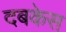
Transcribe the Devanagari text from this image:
दबकेस